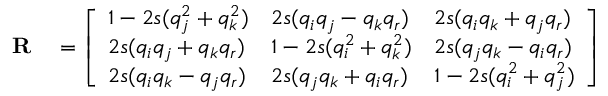
\begin{array} { r l } { \mathbf { R } } & { { } = { \left[ \begin{array} { l l l } { 1 - 2 s ( q _ { j } ^ { 2 } + q _ { k } ^ { 2 } ) } & { 2 s ( q _ { i } q _ { j } - q _ { k } q _ { r } ) } & { 2 s ( q _ { i } q _ { k } + q _ { j } q _ { r } ) } \\ { 2 s ( q _ { i } q _ { j } + q _ { k } q _ { r } ) } & { 1 - 2 s ( q _ { i } ^ { 2 } + q _ { k } ^ { 2 } ) } & { 2 s ( q _ { j } q _ { k } - q _ { i } q _ { r } ) } \\ { 2 s ( q _ { i } q _ { k } - q _ { j } q _ { r } ) } & { 2 s ( q _ { j } q _ { k } + q _ { i } q _ { r } ) } & { 1 - 2 s ( q _ { i } ^ { 2 } + q _ { j } ^ { 2 } ) } \end{array} \right] } } \end{array}